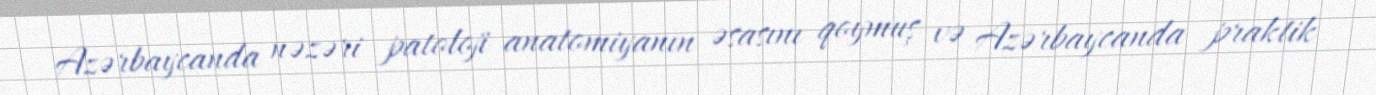
Azərbaycanda nəzəri patoloji anatomiyanın əsasını qoymuş və Azərbaycanda praktik